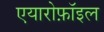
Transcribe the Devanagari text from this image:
एयारोफ़ॉइल